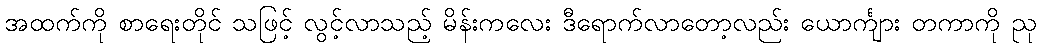
အထက်ကို စာရေးတိုင် သဖြင့် လွင့်လာသည့် မိန်းကလေး ဒီရောက်လာတော့လည်း ယောင်္ကျား တကာကို ညု